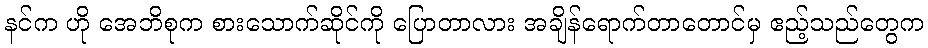
နင်က ဟို အေဘိစုက စားသောက်ဆိုင်ကို ပြောတာလား အချိန်ရောက်တာတောင်မှ ဧည့်သည်တွေက